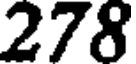
278